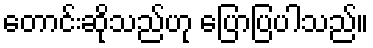
တောင်းဆိုသည်ဟု ပြောပြပါသည်။